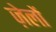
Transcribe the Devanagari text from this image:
ज़ेलों